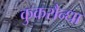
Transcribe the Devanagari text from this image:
कुकरौन्धा